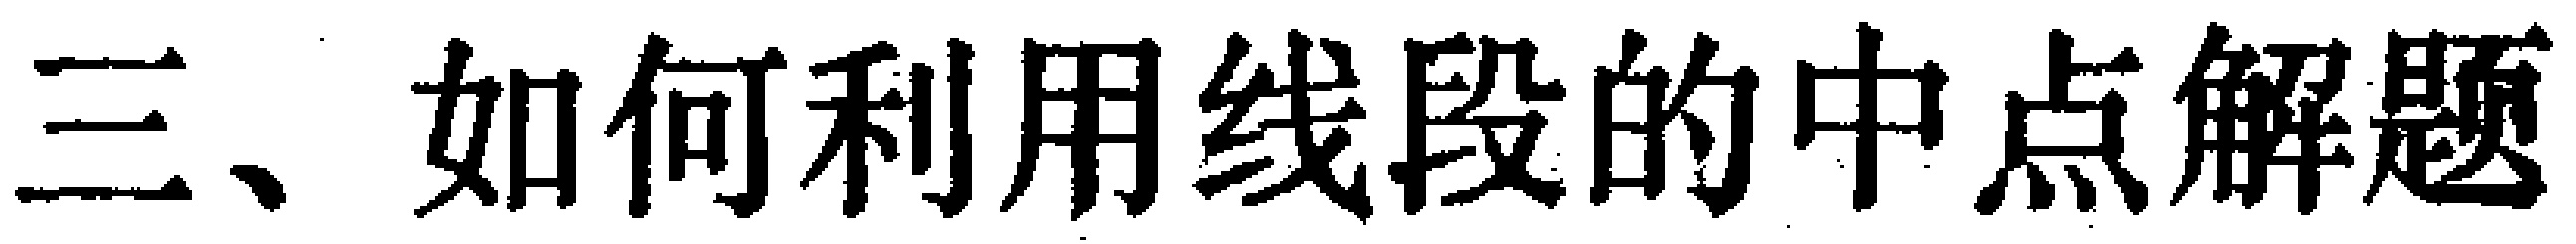
三、如何利用线段的中点解题